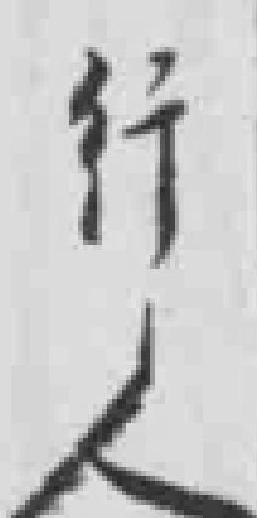
行人